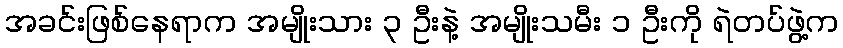
အခင်းဖြစ်နေရာက အမျိုးသား ၃ ဦးနဲ့ အမျိုးသမီး ၁ ဦးကို ရဲတပ်ဖွဲ့က